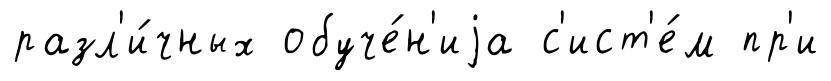
разл'и́чных обуче́н'иjа с'ист'е́м пр'и